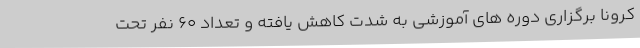
کرونا برگزاری دوره های آموزشی به شدت کاهش یافته و تعداد 60 نفر تحت